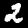
Digit: 2